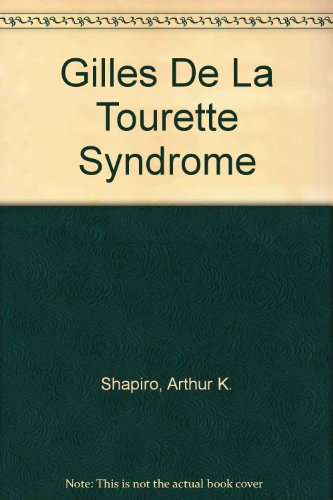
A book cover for Gilles De LA Tourette Syndrome; Arthur K., M.D. Shapiro; Health, Fitness & Dieting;